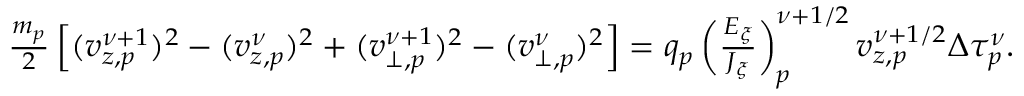
\begin{array} { r } { \frac { m _ { p } } { 2 } \left[ ( v _ { z , p } ^ { \nu + 1 } ) ^ { 2 } - ( v _ { z , p } ^ { \nu } ) ^ { 2 } + ( v _ { \perp , p } ^ { \nu + 1 } ) ^ { 2 } - ( v _ { \perp , p } ^ { \nu } ) ^ { 2 } \right] = q _ { p } \left( \frac { E _ { \xi } } { J _ { \xi } } \right) _ { p } ^ { \nu + 1 / 2 } v _ { z , p } ^ { \nu + 1 / 2 } { \Delta \tau _ { p } ^ { \nu } } . } \end{array}